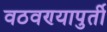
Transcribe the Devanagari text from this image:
वठवण्यापुर्ती